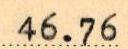
46.76